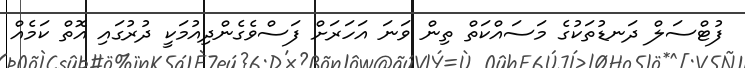
ފުޓްސަލް ދަނޑުތަކުގެ މަސައްކަތް ތިން ވަނަ އަހަރަށް ފަސްވެގެންދިއުމަކީ ދުރުގައި އޮތް ކަމެއް